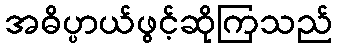
အဓိပ္ပာယ်ဖွင့်ဆိုကြသည်